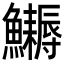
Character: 𩽔